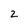
Character: 2